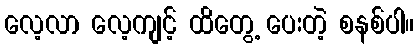
လေ့လာ လေ့ကျင့် ထိတွေ့ ပေးတဲ့ စနစ်ပါ။